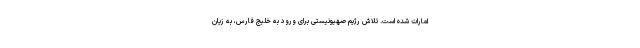
امارات شده است. تلاش رژیم صهیونیستی برای ورود به خلیج فارس، به زیان